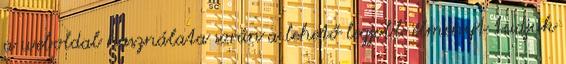
a weboldal használata során a lehető legjobb élményt tudjuk